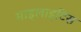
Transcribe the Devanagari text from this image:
माइलाइटिस